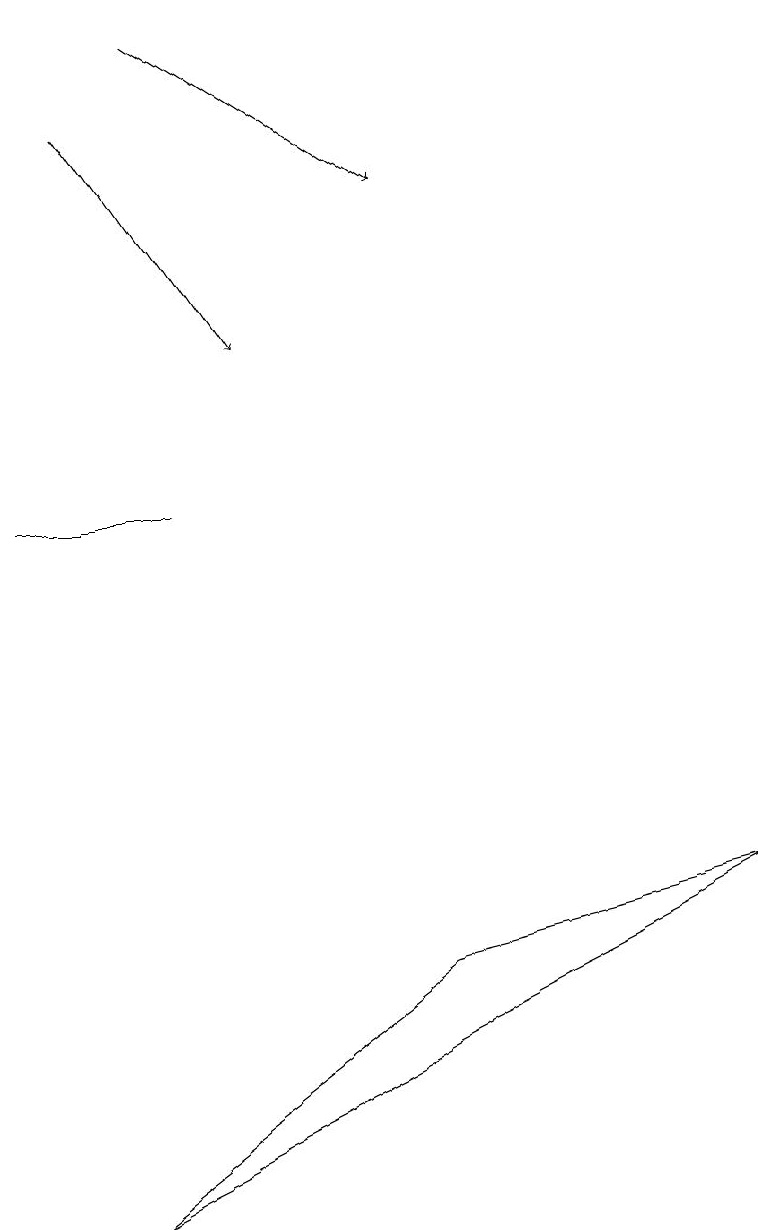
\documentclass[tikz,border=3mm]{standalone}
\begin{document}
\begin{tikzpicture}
\draw[->] (2,19) -- (5,17);
\draw[->] (1,18) -- (3,15);
\draw (0,13) rectangle (2,13);
\draw (1,4) -- (9,8) -- (5,7) -- cycle;
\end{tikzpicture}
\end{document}